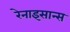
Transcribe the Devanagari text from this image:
रेनाइसान्स